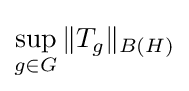
\sup _{g\in G}\|T_{g}\|_{B(H)}